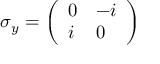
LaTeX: \sigma _ { y } = { \left( \begin{array} { l l } { 0 } & { - i } \\ { i } & { 0 } \end{array} \right) }